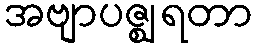
အဗျာပဇ္ဈရတာ